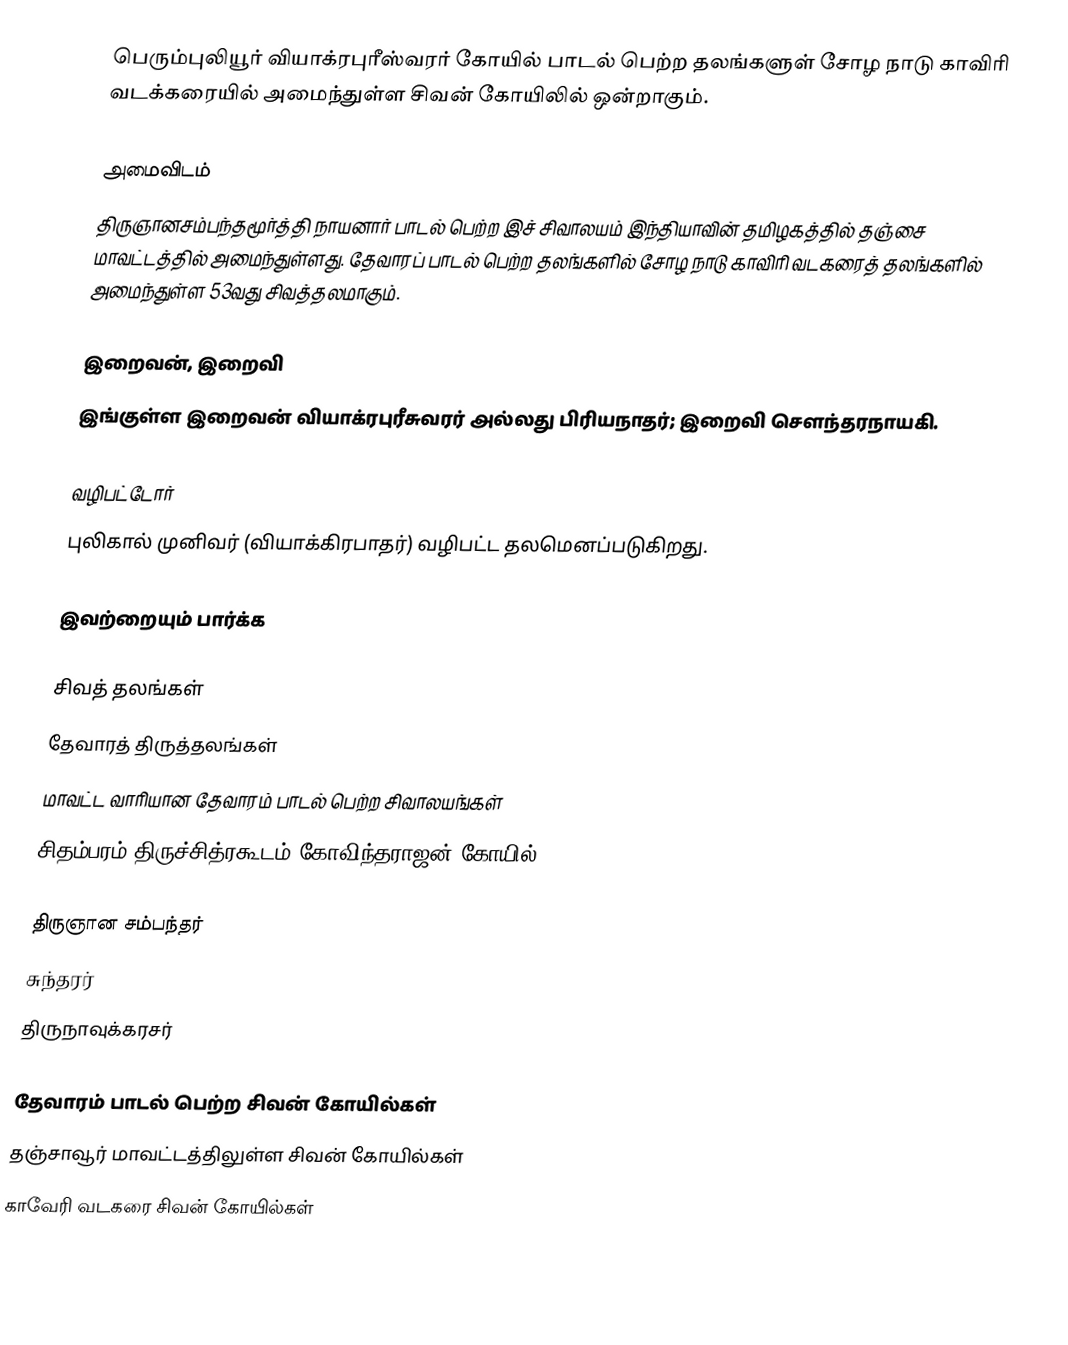
பெரும்புலியூர் வியாக்ரபுரீஸ்வரர் கோயில் பாடல் பெற்ற தலங்களுள் சோழ நாடு காவிரி வடக்கரையில் அமைந்துள்ள சிவன் கோயிலில்  ஒன்றாகும்.

அமைவிடம்
திருஞானசம்பந்தமூர்த்தி நாயனார் பாடல் பெற்ற இச் சிவாலயம் இந்தியாவின் தமிழகத்தில் தஞ்சை மாவட்டத்தில் அமைந்துள்ளது.  தேவாரப் பாடல் பெற்ற தலங்களில் சோழ நாடு காவிரி வடகரைத் தலங்களில் அமைந்துள்ள 53வது சிவத்தலமாகும்.

இறைவன், இறைவி
இங்குள்ள இறைவன் வியாக்ரபுரீசுவரர் அல்லது பிரியநாதர்; இறைவி சௌந்தரநாயகி.

வழிபட்டோர்
புலிகால் முனிவர் (வியாக்கிரபாதர்) வழிபட்ட தலமெனப்படுகிறது.

இவற்றையும் பார்க்க

 சிவத் தலங்கள்
 தேவாரத் திருத்தலங்கள்
 மாவட்ட வாரியான தேவாரம் பாடல் பெற்ற சிவாலயங்கள்
 சிதம்பரம் திருச்சித்ரகூடம் கோவிந்தராஜன் கோயில்

 திருஞான சம்பந்தர்
 சுந்தரர்
 திருநாவுக்கரசர்

தேவாரம் பாடல் பெற்ற சிவன் கோயில்கள்
தஞ்சாவூர் மாவட்டத்திலுள்ள சிவன் கோயில்கள்
காவேரி வடகரை சிவன் கோயில்கள்